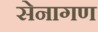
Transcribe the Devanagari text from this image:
सेनागण